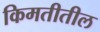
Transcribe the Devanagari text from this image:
किमतीतील